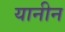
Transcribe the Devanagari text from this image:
यानीन